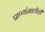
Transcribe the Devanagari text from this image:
प्राण्यांसाठीही